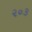
૨૦૩